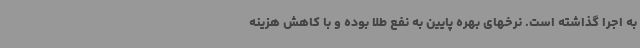
به اجرا گذاشته است. نرخهای بهره پایین به نفع طلا بوده و با کاهش هزینه